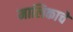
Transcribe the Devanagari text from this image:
मालिकाचे